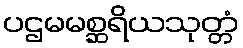
ပဌမမစ္ဆရိယသုတ္တံ